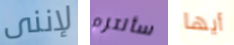
لإننى سألتزم أيها